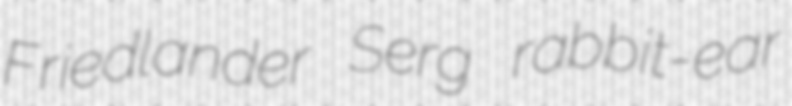
Friedlander Serg rabbit-ear